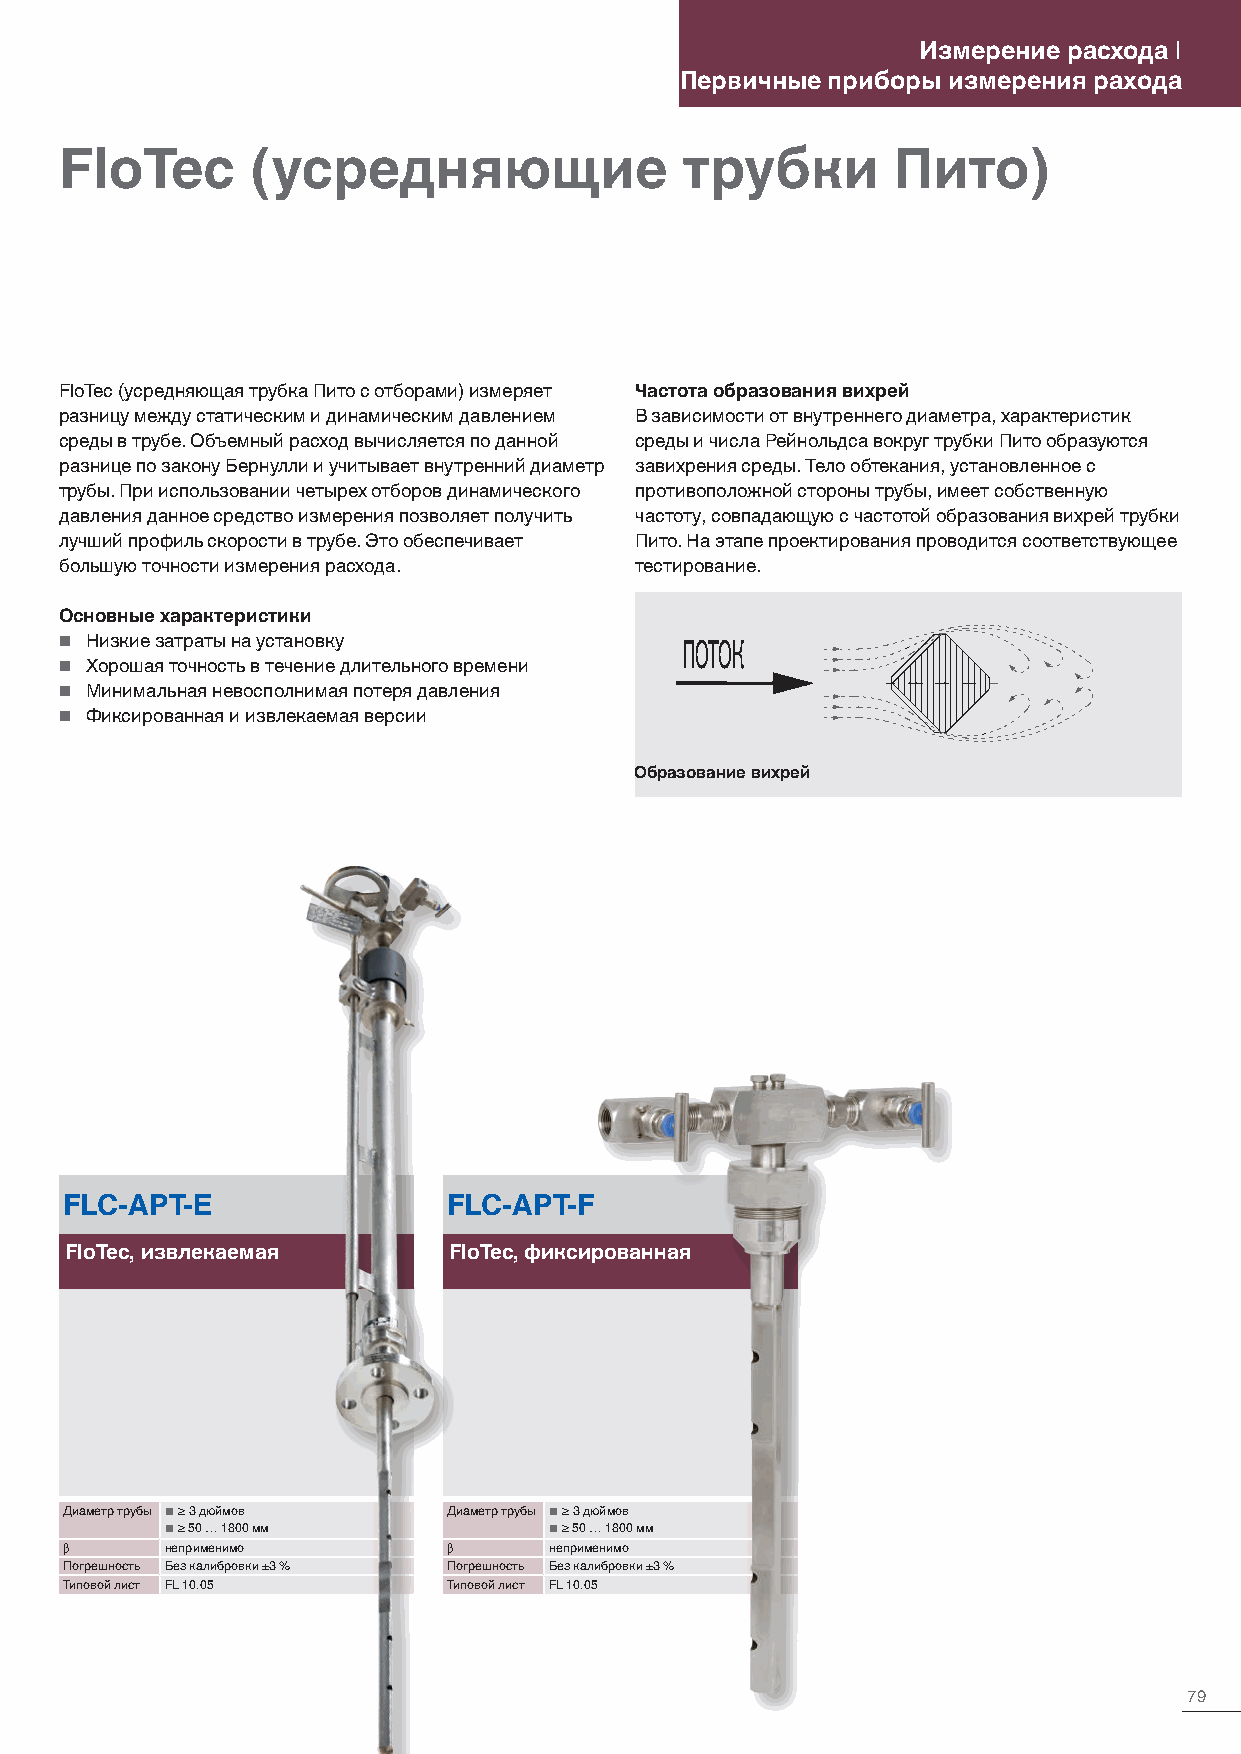
Измерение расхода |
 Первичные приборы измерения рахода
 FloTec       (усредняющие                трубки        Пито)
 FloTec (усредняющая трубка Пито с отборами) измеряет Частота образования вихрей
 разницу между статическим и динамическим давлением В зависимости от внутреннего диаметра, характеристик
 среды в трубе. Объемный расход вычисляется по данной среды и числа Рейнольдса вокруг трубки Пито образуются
 разнице по закону Бернулли и учитывает внутренний диаметр завихрения среды. Тело обтекания, установленное с
 трубы. При использовании четырех отборов динамического противоположной стороны трубы, имеет собственную
 давления данное средство измерения позволяет получить частоту, совпадающую с частотой образования вихрей трубки
 лучший профиль скорости в трубе. Это обеспечивает Пито. На этапе проектирования проводится соответствующее
 большую точности измерения расхода.   тестирование.
 Основные характеристики
  Низкие затраты на установку
 ПОТОК
  Хорошая точность в течение длительного времени
  Минимальная невосполнимая потеря давления
  Фиксированная и извлекаемая версии
 Образование вихрей
 FLC-APT-E                 FLC-APT-F
 FloTec, извлекаемая       FloTec, фиксированная
 Диаметр трубы ■ ≥ 3 дюймов Диаметр трубы ■ ≥ 3 дюймов
 ■ ≥ 50 … 1800 мм         ■ ≥ 50 … 1800 мм
 β      неприменимо        β     неприменимо
 Погрешность Без калибровки ±3 % Погрешность Без калибровки ±3 %
 Типовой лист FL 10.05     Типовой лист FL 10.05
 79